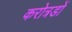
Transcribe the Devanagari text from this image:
करोत्रडों